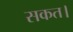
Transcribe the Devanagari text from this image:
सकत।